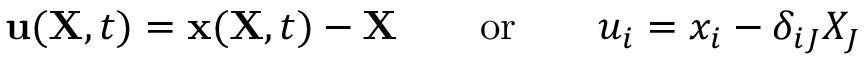
\ \mathbf { u } ( \mathbf { X } , t ) = \mathbf { x } ( \mathbf { X } , t ) - \mathbf { X } \qquad { \mathrm { o r } } \qquad u _ { i } = x _ { i } - \delta _ { i J } X _ { J }